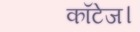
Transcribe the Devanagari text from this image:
कॉटेज।